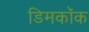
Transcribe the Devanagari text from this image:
डिमकॉक